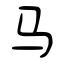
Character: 马